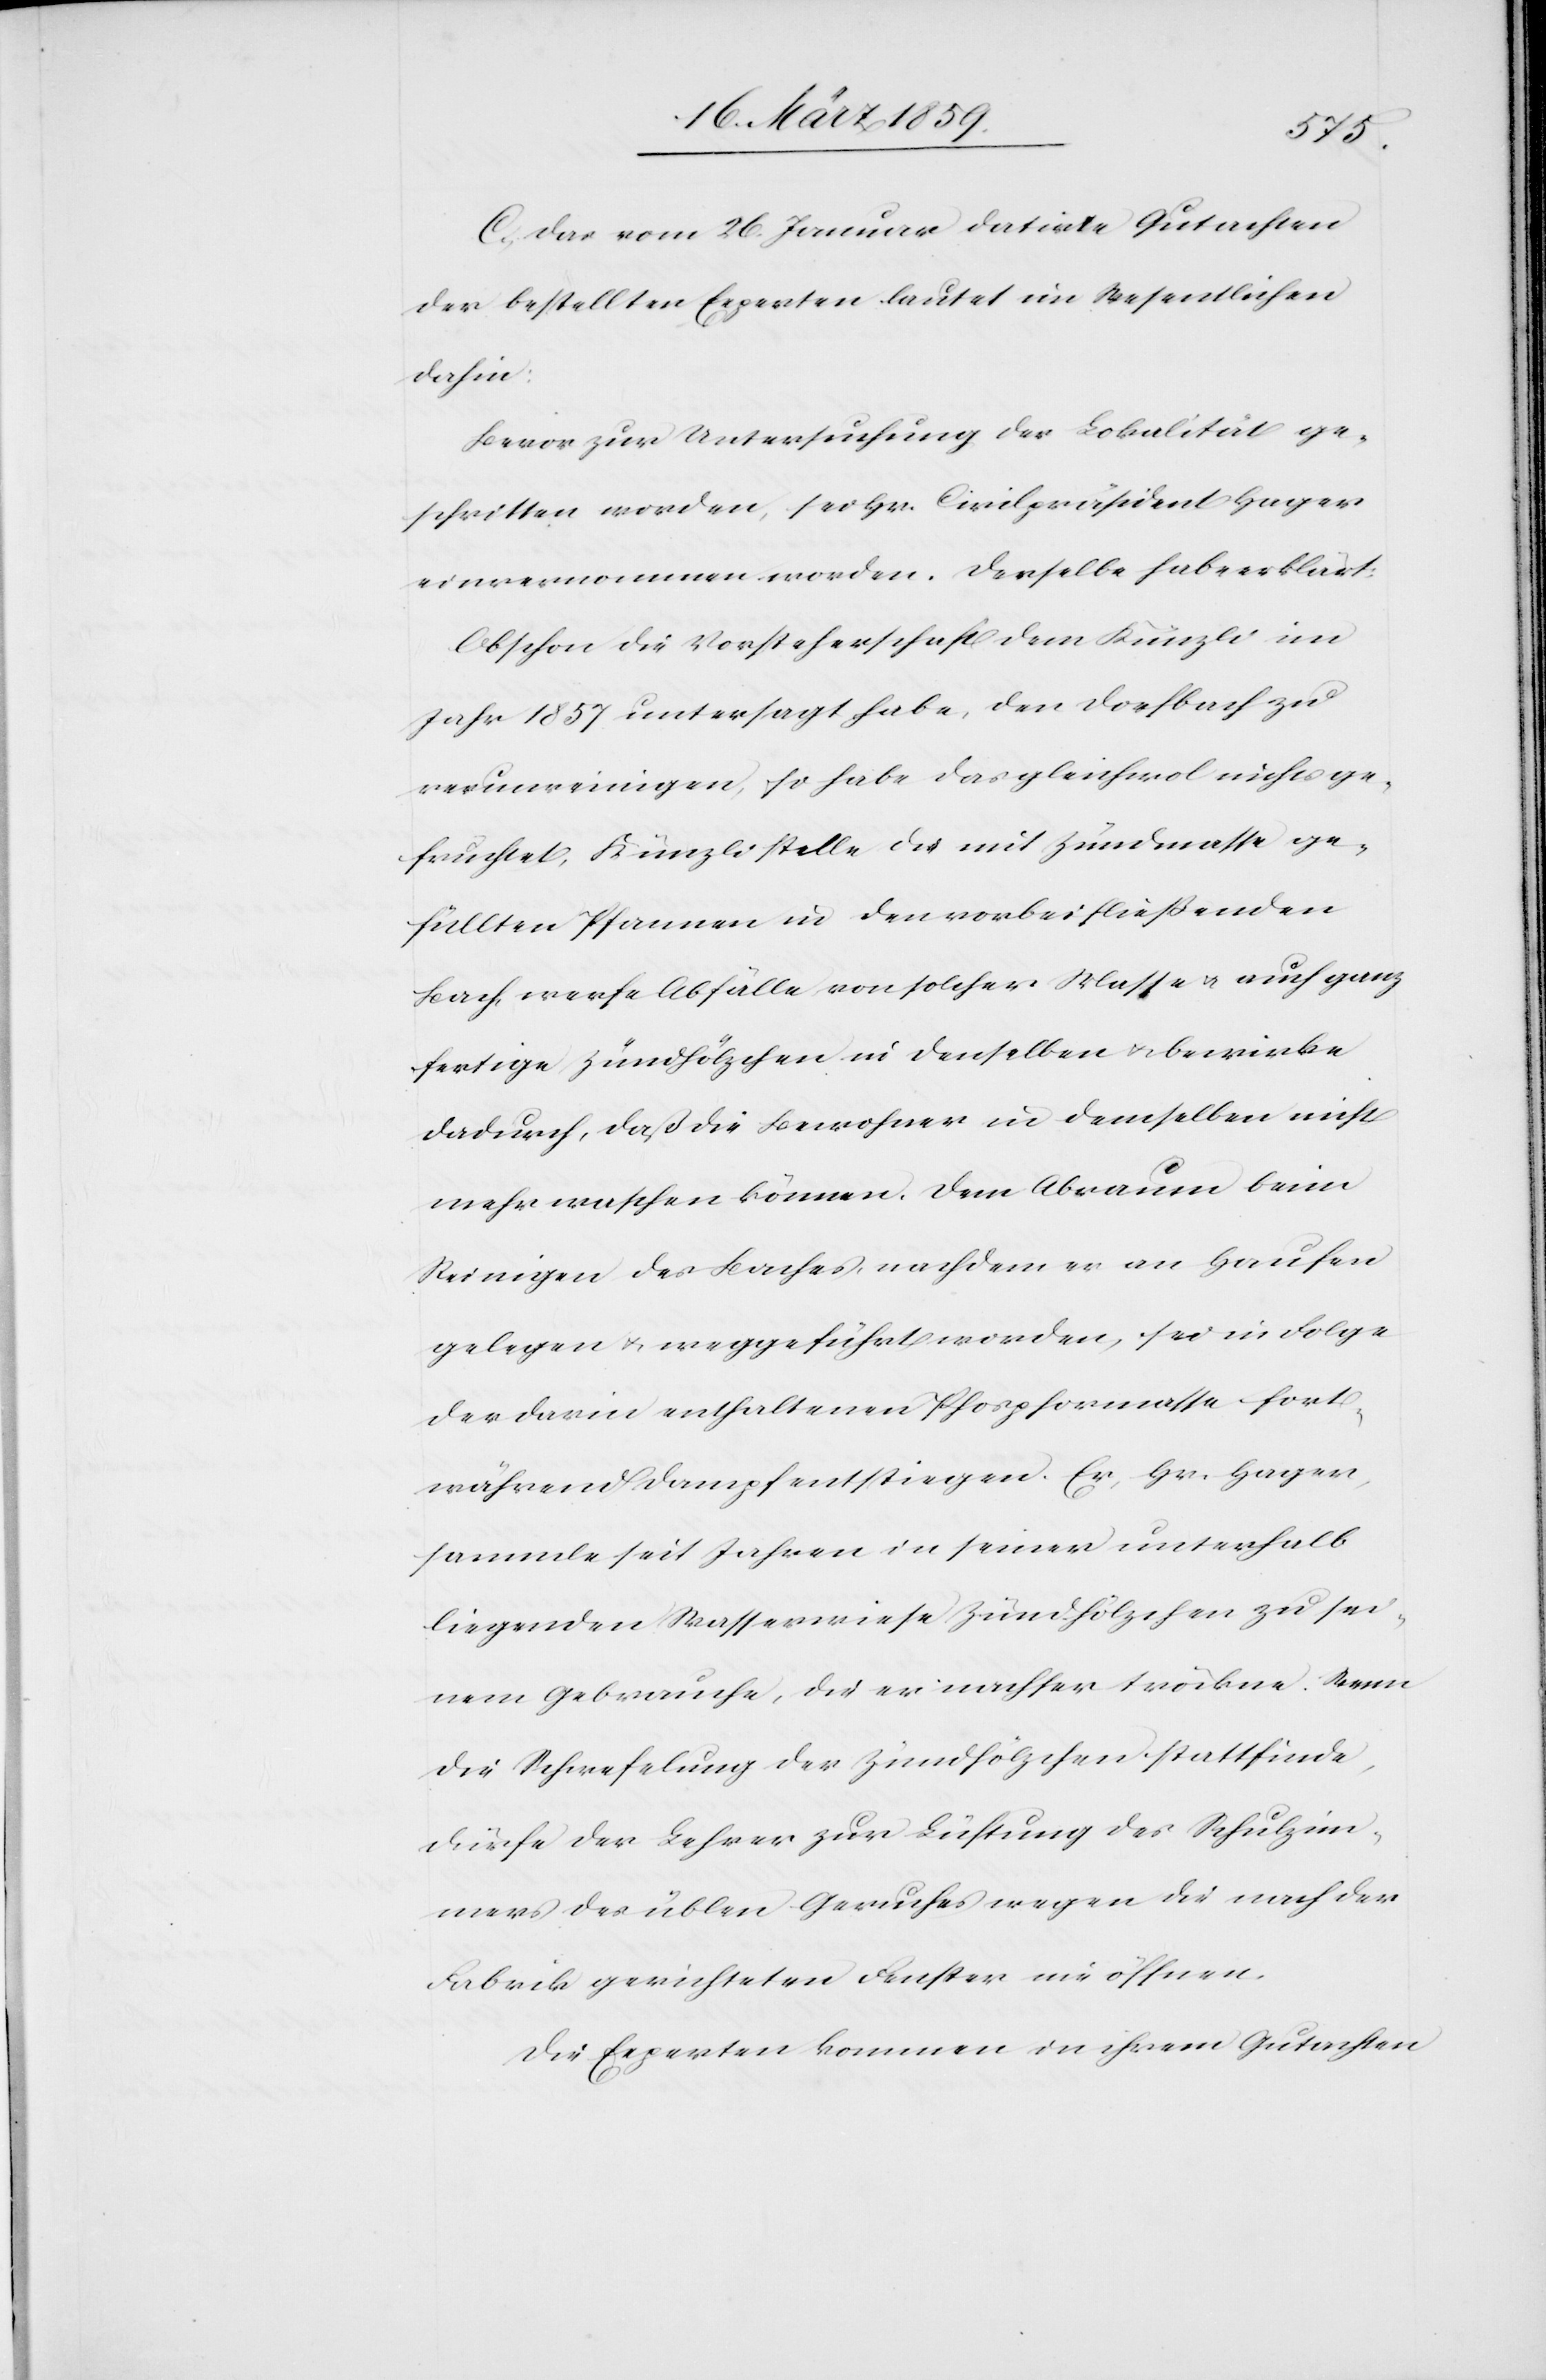
C. Das vom 26. Januar datirte Gutachten
der bestellten Experten lautet im Wesentlichen
dahin:
Bevor zur Untersuchung der Lokalität ge¬
schritten worden, sei Hr. Civilpräsident Hager
einvernommen worden. Derselbe habe erklärt:
Obschon die Vorsteherschaft dem Künzli im
Jahr 1857 untersagt habe, den Dorfbach zu
verunreinigen, so habe das gleichwol nicht ge¬
fruchtet, Künzli stelle die mit Zündmasse ge¬
füllten Pfannen in den vorbeifließenden
Bach, werfe Abfälle von solcher Masse u. auch ganz
fertige Zündhölzchen in denselben u. bewirke
dadurch, daß die Bewohner in demselben nicht
mehr waschen können. Dem Abraum beim
Reinigen des Baches, nachdem er an Haufen
gelegen u. weggeführt worden, sei in Folge
der darin enthaltenen Phosphormasse fort¬
während Dampf entstiegen. Er, Hr. Hager,
sammle seit Jahren in seiner unterhalb
liegenden Wasserwiese Zündhölzchen zu sei¬
nem Gebrauche, die er nachher tröckne. Wenn
die Schwefelung der Zündhölzchen stattfinde,
dürfe der Lehrer zur Lüftung des Schulzim¬
mers des üblen Geruches wegen die nach der
Fabrik gerichteten Fenster nie öffnen.
Die Experten kommen in ihrem Gutachten